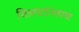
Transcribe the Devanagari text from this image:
चित्रपटांनंतरचा